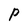
Character: P